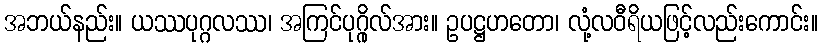
အဘယ်နည်း။ ယဿပုဂ္ဂလဿ၊ အကြင်ပုဂ္ဂိုလ်အား။ ဥပဋ္ဌဟတော၊ လုံ့လဝီရိယဖြင့်လည်းကောင်း။